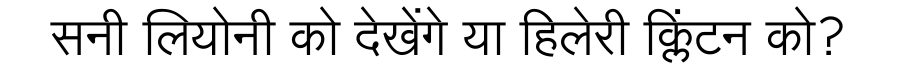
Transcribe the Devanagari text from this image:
सनी लियोनी को देखेंगे या हिलेरी क्लिंटन को?